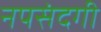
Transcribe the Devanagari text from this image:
नपसंदगी